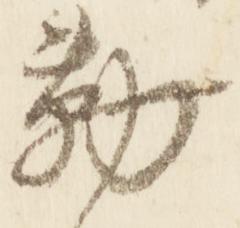
勤